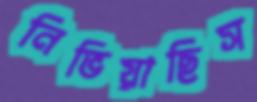
নিভিয়াছিস